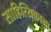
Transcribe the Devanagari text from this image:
साहित्यिकाना